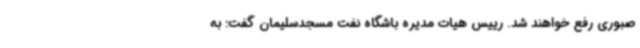
صبوری رفع خواهند شد. رییس هیات مدیره باشگاه نفت مسجدسلیمان گفت: به